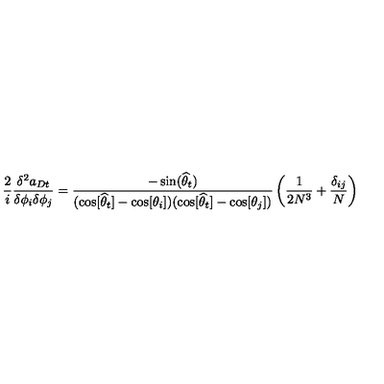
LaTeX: \frac { 2 } { i } \frac { \delta ^ { 2 } a _ { D t } } { \delta \phi _ { i } \delta \phi _ { j } } = \frac { - \sin ( \widehat { \theta } _ { t } ) } { ( \cos [ \widehat { \theta } _ { t } ] - \cos [ \theta _ { i } ] ) ( \cos [ \widehat { \theta } _ { t } ] - \cos [ \theta _ { j } ] ) } \left( \frac { 1 } { 2 N ^ { 3 } } + \frac { \delta _ { i j } } { N } \right)